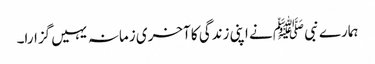
ہمارے نبی ﷺ نے اپنی زندگی کا آخری زمانہ یہیں گزارا۔